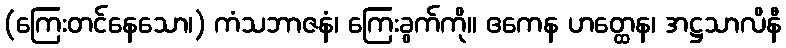
(ကြေးတင်နေသော၊) ကံသဘာဇနံ၊ ကြေးခွက်ကို။ ဧကေန ဟတ္ထေန၊ အဋ္ဌသာလိနီ